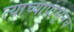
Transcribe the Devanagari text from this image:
त्याच्यापासूनच